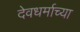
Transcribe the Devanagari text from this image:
देवधर्माच्या